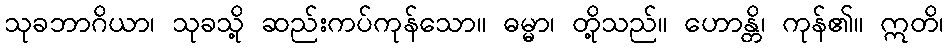
သုခဘာဂိယာ၊ သုခသို့ ဆည်းကပ်ကုန်သော။ ဓမ္မာ၊ တို့သည်။ ဟောန္တိ၊ ကုန်၏။ ဣတိ၊